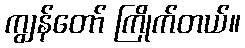
ကျွန်တော် ကြိုက်တယ်။